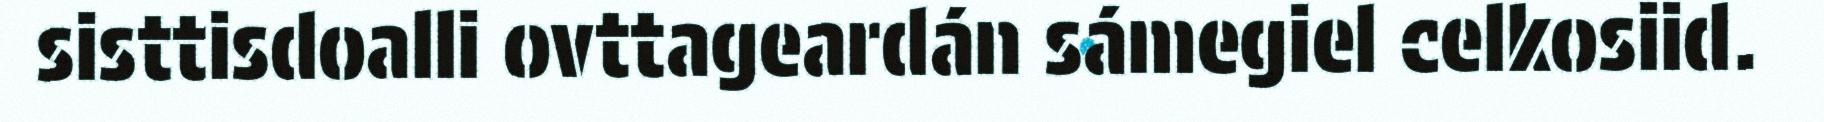
sisttisdoalli ovttageardán sámegiel celkosiid.